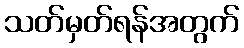
သတ်မှတ်ရန်အတွက်